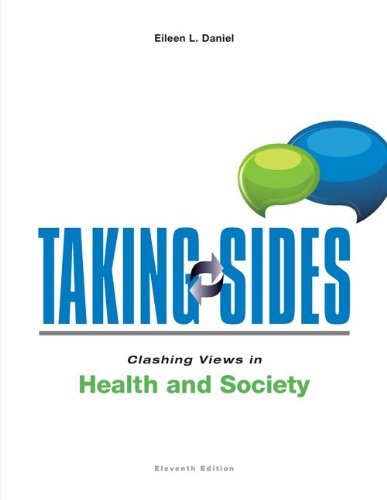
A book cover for Taking Sides: Clashing Views in Health and Society (Taking Sides : Clashing Views on Health and Society); Eileen Daniel; Medical Books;